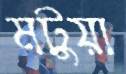
মটুয়া